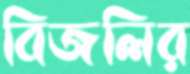
বিজলির